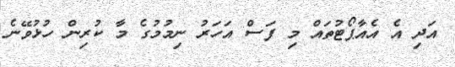
އަދި އެ އެއާޕޯޓުތައް މި ފަސް އަހަރު ނިމުމުގެ މާ ކުރިން ހުޅުވޭނެ